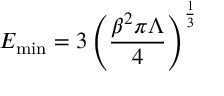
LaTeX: E _ { \mathrm { m i n } } = 3 \left( \frac { \beta ^ { 2 } \pi \Lambda } { 4 } \right) ^ { \frac { 1 } { 3 } }